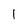
Character: 1